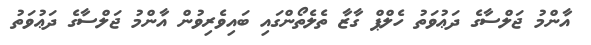
އާންމު ޖަލްސާގެ ދަޢުވަތު ހެލްޕް ގާޒާ ތެލެތޯންގައި ބައިވެރިވުން އާންމު ޖަލްސާގެ ދަޢުވަތު